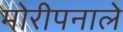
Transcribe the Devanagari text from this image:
मोरीपनाले